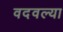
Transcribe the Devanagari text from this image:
वदवल्या